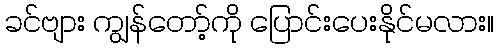
ခင်ဗျား ကျွန်တော့်ကို ပြောင်းပေးနိုင်မလား။